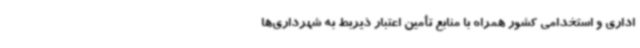
اداری و استخدامی کشور همراه با منابع تأمین اعتبار ذیربط به شهرداری‌ها